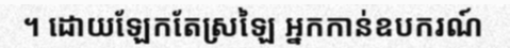
។ ដោយឡែកតែស្រឡៃ អ្នកកាន់ឧបករណ៍